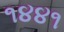
૧૪૪૧